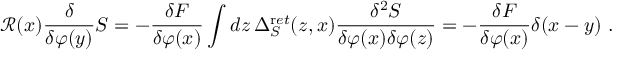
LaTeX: { \mathcal R } ( x ) \frac { \delta } { \delta \varphi ( y ) } S = - \frac { \delta F } { \delta \varphi ( x ) } \int d z \, \Delta _ { S } ^ { \mathrm r e t } ( z , x ) \frac { \delta ^ { 2 } S } { \delta \varphi ( x ) \delta \varphi ( z ) } = - \frac { \delta F } { \delta \varphi ( x ) } \delta ( x - y ) \ .